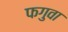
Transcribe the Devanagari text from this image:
फगुवा